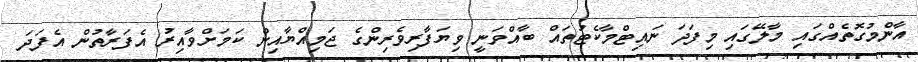
އާންމުގޮތެއްގައި މާލޭގައި މިފަދަ ނައިޓްމާކެޓުތައް ބާއްވަނީ ވިޔަފާރިވެރިންގެ ޖަމިއްޔާއިން ކަމަށްވާއިރު އެފަރާތުން އެފަދަ